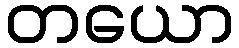
တယော